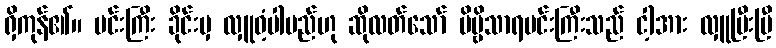
ရှိကုန်၏။ မင်းကြီး ခိုင်းမှ လှူဝံ့ပါမည်ဟု ဆိုလတ်သော် ဗိမ္ဗိသာရမင်းကြီးသည် ငါ့အား လှူပြီးပြီ